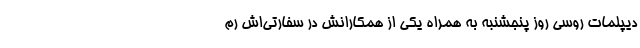
دیپلمات روسی روز پنجشنبه به همراه یکی از همکارانش در سفارتی‌اش رم